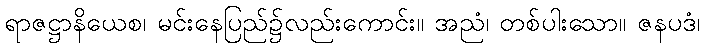
ရာဇဋ္ဌာနိယေစ၊ မင်းနေပြည်၌လည်းကောင်း။ အညံ၊ တစ်ပါးသော။ ဇနပဒံ၊